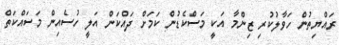
ރައްޔިތުން ހަވާލުކުރި ޒިންމާ އަކީ މަސްކެޑުން ކަމަށް ދައްކަން އަލީ ހުސެއިން މަސައްކަތް